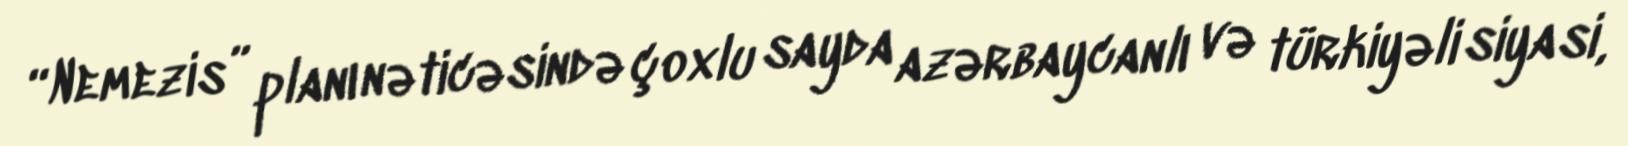
“Nemezis” planı nəticəsində çoxlu sayda azərbaycanlı və türkiyəli siyasi,